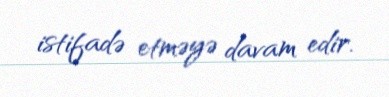
istifadə etməyə davam edir.